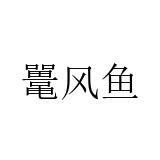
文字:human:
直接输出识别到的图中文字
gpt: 鼍风鱼